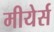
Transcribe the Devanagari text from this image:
मीयेर्स